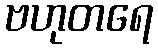
ဗဟုတရေ